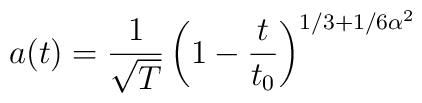
a(t)=\frac{1}{\sqrt T}\left(1-\frac{t}{t_0}\right)^{1/3+1/6\alpha^2}